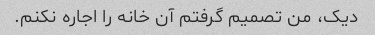
دیک، من تصمیم گرفتم آن خانه را اجاره نکنم.